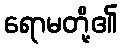
ရောမတို့၏